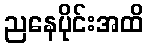
ညနေပိုင်းအထိ